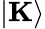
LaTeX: |\mathbf{K}\rangle